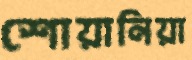
শোয়ানিয়া